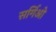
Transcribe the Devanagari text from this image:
सर्गिओ